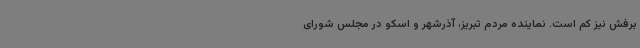
برفش نیز کم است‌. نماینده مردم تبریز، آذرشهر و اسکو در مجلس شورای